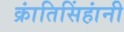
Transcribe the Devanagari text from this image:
क्रांतिसिंहांनी